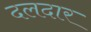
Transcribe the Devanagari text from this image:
दलदार